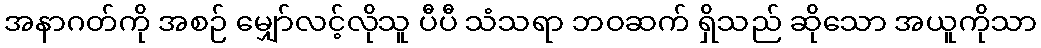
အနာဂတ်ကို အစဉ် မျှော်လင့်လိုသူ ပီပီ သံသရာ ဘဝဆက် ရှိသည် ဆိုသော အယူကိုသာ